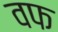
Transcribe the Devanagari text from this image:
वफ